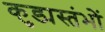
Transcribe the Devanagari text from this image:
कुड्यस्तंभों